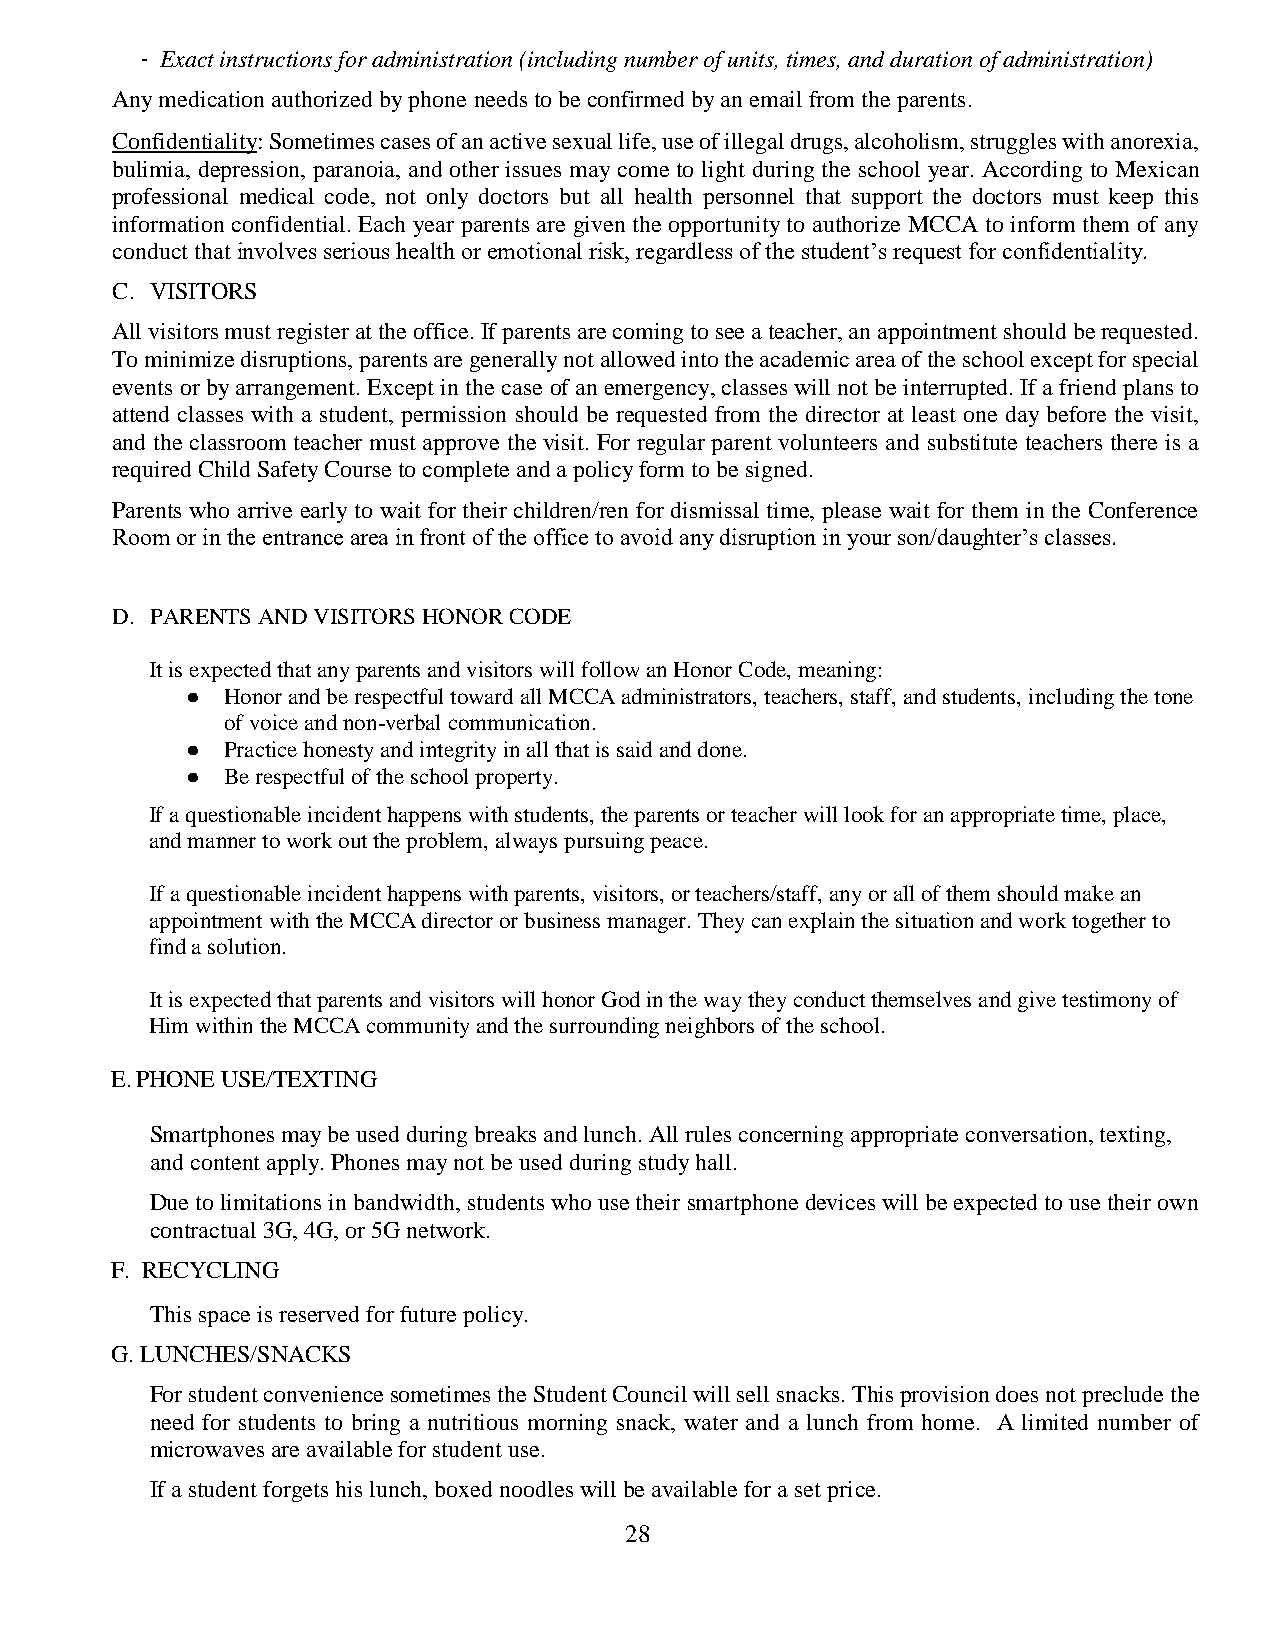
- Exact instructions for administration (including number of units, times, and duration of administration)
 Any medication authorized by phone needs to be confirmed by an email from the parents.
 Confidentiality: Sometimes cases of an active sexual life, use of illegal drugs, alcoholism, struggles with anorexia,
 bulimia, depression, paranoia, and other issues may come to light during the school year. According to Mexican
 professional medical code, not only doctors but all health personnel that support the doctors must keep this
 information confidential. Each year parents are given the opportunity to authorize MCCA to inform them of any
 conduct that involves serious health or emotional risk, regardless of the student’s request for confidentiality.
 C. VISITORS
 All visitors must register at the office. If parents are coming to see a teacher, an appointment should be requested.
 To minimize disruptions, parents are generally not allowed into the academic area of the school except for special
 events or by arrangement. Except in the case of an emergency, classes will not be interrupted. If a friend plans to
 attend classes with a student, permission should be requested from the director at least one day before the visit,
 and the classroom teacher must approve the visit. For regular parent volunteers and substitute teachers there is a
 required Child Safety Course to complete and a policy form to be signed.
 Parents who arrive early to wait for their children/ren for dismissal time, please wait for them in the Conference
 Room or in the entrance area in front of the office to avoid any disruption in your son/daughter’s classes.
 D. PARENTS AND VISITORS HONOR CODE
 It is expected that any parents and visitors will follow an Honor Code, meaning:
 ●  Honor and be respectful toward all MCCA administrators, teachers, staff, and students, including the tone
 of voice and non-verbal communication.
 ●  Practice honesty and integrity in all that is said and done.
 ●  Be respectful of the school property.
 If a questionable incident happens with students, the parents or teacher will look for an appropriate time, place,
 and manner to work out the problem, always pursuing peace.
 If a questionable incident happens with parents, visitors, or teachers/staff, any or all of them should make an
 appointment with the MCCA director or business manager. They can explain the situation and work together to
 find a solution.
 It is expected that parents and visitors will honor God in the way they conduct themselves and give testimony of
 Him within the MCCA community and the surrounding neighbors of the school.
 E. PHONE USE/TEXTING
 Smartphones may be used during breaks and lunch. All rules concerning appropriate conversation, texting,
 and content apply. Phones may not be used during study hall.
 Due to limitations in bandwidth, students who use their smartphone devices will be expected to use their own
 contractual 3G, 4G, or 5G network.
 F. RECYCLING
 This space is reserved for future policy.
 G. LUNCHES/SNACKS
 For student convenience sometimes the Student Council will sell snacks. This provision does not preclude the
 need for students to bring a nutritious morning snack, water and a lunch from home. A limited number of
 microwaves are available for student use.
 If a student forgets his lunch, boxed noodles will be available for a set price.
 28